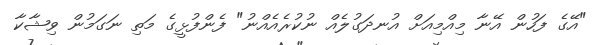
"އޭގެ ފަހުން އޭނާ މިއްމިއަށް އުނދަގުލެއް ނުކުރެއެއްނު" ފެންފުޅީގެ މަތި ނަގަމުން ވިޝާކާ